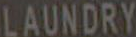
LAUNDRY